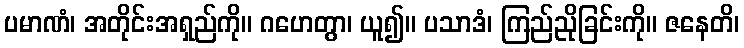
ပမာဏံ၊ အတိုင်းအရှည်ကို။ ဂဟေတွာ၊ ယူ၍။ ပသာဒံ၊ ကြည်ညိုခြင်းကို။ ဇနေတိ၊